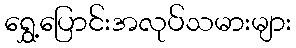
ရွှေ့ပြောင်းအလုပ်သမားများ